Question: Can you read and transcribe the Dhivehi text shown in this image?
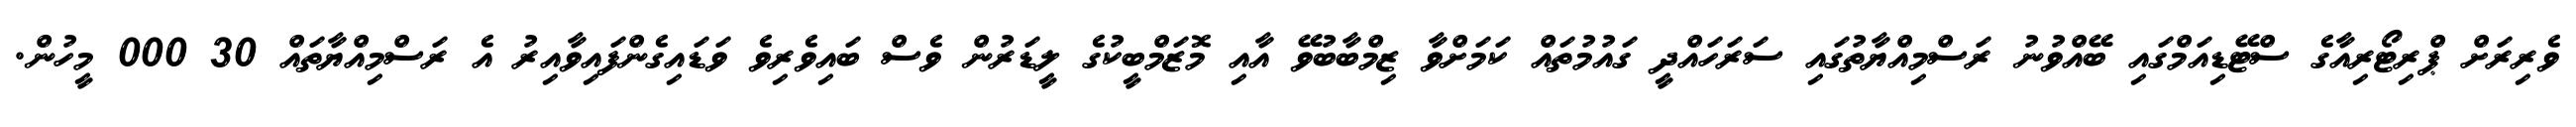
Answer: ވެރިރަށް ޕްރިޓޯރިއާގެ ސްޓޭޑިއަމްގައި ބޭއްވުނު ރަސްމިއްޔާތުގައި ސަރަހައްދީ ގައުމުތައް ކަމަށްވާ ޒިމްބާބުވޭ އާއި މޮޒަމްބީކުގެ ލީޑަރުން ވެސް ބައިވެރިވެ ވަޑައިގެންފައިވާއިރު އެ ރަސްމިއްޔާތައް 30 000 މީހުން.